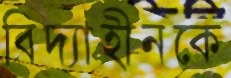
বিদ্যাহীনকে